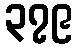
၃၇၉